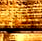
إذن